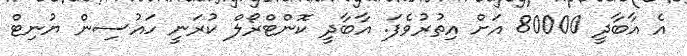
އެ އާބާދީ 80000 އަށް އިތުރުވެފަ. އާބާދީ ކޮންޓްރޯލް ކުރަނީ ހައުސިން ޔުނިޓް